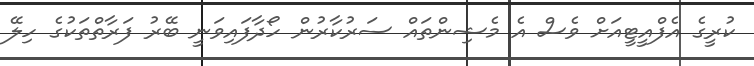
ކުރީގެ އެފްއީޓީއަށް ވެސް އެ މެޝިންތައް ސަރުކާރުން ހޯދާފައިވަނީ ބޭރު ފަރާތްތަކުގެ ހިލޭ